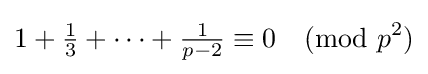
1+{\tfrac {1}{3}}+\dots +{\tfrac {1}{p-2}}\equiv 0{\pmod {p^{2}}}